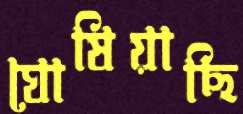
ঘোষিয়াছি